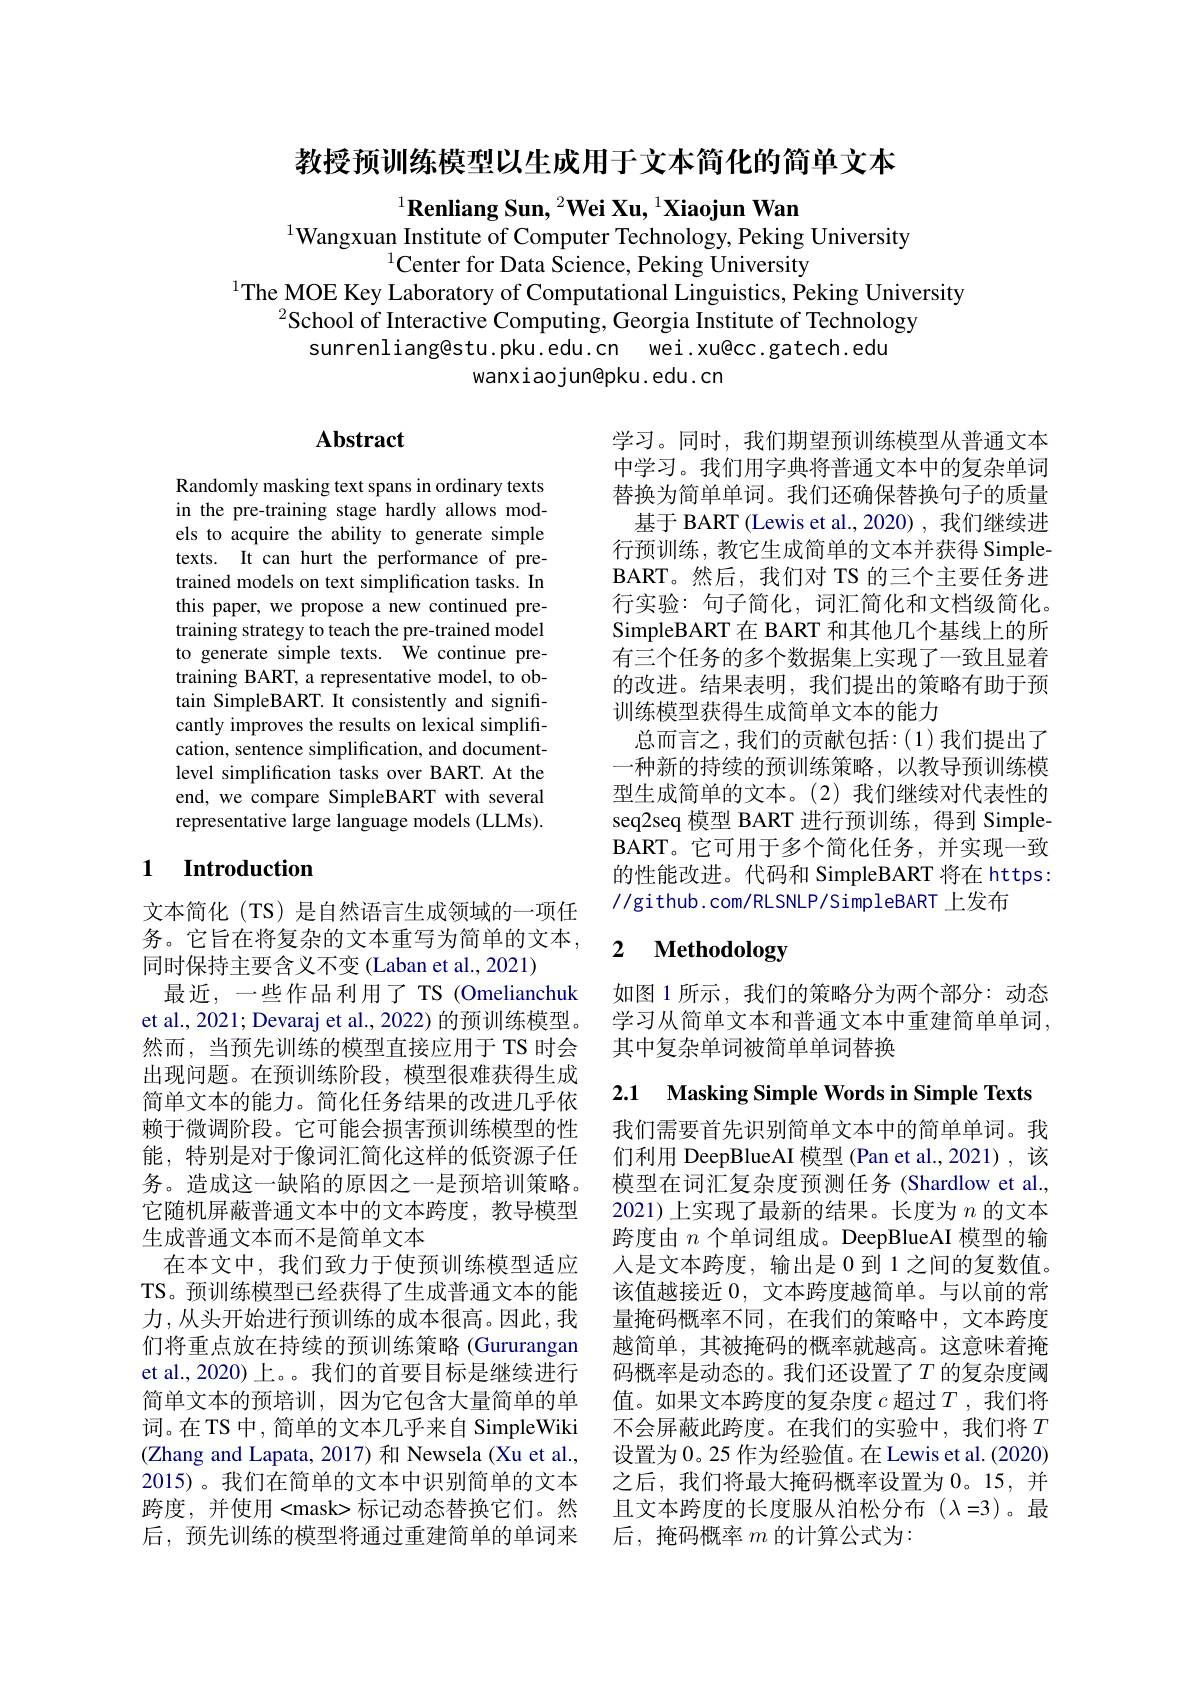
教授预训练模型以生成用于文本简化的简单文本

$^{1}\textbf{Renliang Sun, }^{2}\textbf{Wei Xu, }^{1}\textbf{Xiaojun Wan}$
$^{1}$Wangxuan Institute of Computer Technology, Peking University
$^{1}$Center for Data Science, Peking University
$^{1}$The MOE Key Laboratory of Computational Linguistics, Peking University
$^{2}$School of Interactive Computing, Georgia Institute of Technology
sunrenliang@stu.pku.edu.cn wei.xu@cc.gatech.edu
wanxiaojun@pku.edu.cn

## Abstract

Randomly masking text spans in ordinary texts in the pre-training stage hardly allows models to acquire the ability to generate simple texts. It can hurt the performance of pretrained models on text simplification tasks. In this paper, we propose a new continued pretraining strategy to teach the pre-trained model to generate simple texts. We continue pretraining BART, a representative model, to obtain SimpleBART. It consistently and significantly improves the results on lexical simplification, sentence simplification, and documentlevel simplification tasks over BART. At the end, we compare SimpleBART with several representative large language models (LLMs).

学习。同时，我们期望预训练模型从普通文本中学习。我们用字典将普通文本中的复杂单词替换为简单单词。我们还确保替换句子的质量
基于 BART (Lewis et al., 2020) , 我们继续进行预训练，教它生成简单的文本并获得 SimpleBART。然 后 , 我 们 对 TS 的三个主要任务进行实验：句子简化，词汇简化和文档级简化。SimpleBART 在 BART 和其他几个基线上的所有三个任务的多个数据集上实现了一致且显着的改进。结果表明，我们提出的策略有助于预训练模型获得生成简单文本的能力
总而言之，我们的贡献包括：(1)我们提出了一种新的持续的预训练策略，以教导预训练模型生成简单的文本。(2)我们继续对代表性的seq2seq 模型 BART 进行预训练，得到 SimpleBART。它可用于多个简化任务，并实现一致的性能改进。代码和 SimpleBART 将在 https: //github.com/RLSNLP/SimpleBART 上发布

## 1 Introduction

### $\textbf{2}$ $\textbf{Methodologv}$

如图 1 所示 , 我们的策略分为两个部分：动态学习从简单文本和普通文本中重建简单单词， 其中复杂单词被简单单词替换

2.1 $\textbf{Masking Simple Words in Simple Texts}$

文本简化 (TS) 是自然语言生成领域的一项任务。它旨在将复杂的文本重写为简单的文本， 同时保持主要含义不变(Laban et al., 2021)
最近，一些作品利用了 TS (Omelianchuk et al., 2021; Devaraj et al., 2022) 的预训练模型。然而，当预先训练的模型直接应用于 TS 时会出现问题。在预训练阶段，模型很难获得生成简单文本的能力。简化任务结果的改进几乎依赖于微调阶段。它可能会损害预训练模型的性能，特别是对于像词汇简化这样的低资源子任务。造成这一缺陷的原因之一是预培训策略。它随机屏蔽普通文本中的文本跨度，教导模型生成普通文本而不是简单文本
在本文中，我们致力于使预训练模型适应TS。预训练模型已经获得了生成普通文本的能力，从头开始进行预训练的成本很高。因此，我们将重点放在持续的预训练策略 (Gururangan et al., 2020) 上。。我们的首要目标是继续进行简单文本的预培训，因为它包含大量简单的单词。在TS 中，简单的文本几乎来自 SimpleWiki (Zhang and Lapata, 2017) 和 Newsela (Xu et al., 2015)。我们在简单的文本中识别简单的文本跨度，并使用<mask>标记动态替换它们。然后，预先训练的模型将通过重建简单的单词来

我们需要首先识别简单文本中的简单单词。我们利用 DeepBlueAI 模型 (Pan et al.,2021), 该模型在词汇复杂度预测任务 (Shardlow et al., 2021)上实现了最新的结果。长度为$n$的文本跨度由$n$个单词组成。DeepBlueAI 模型的输人是文本跨度，输出是 0 到 1 之间的复数值。该值越接近0，文本跨度越简单。与以前的常量掩码概率不同，在我们的策略中，文本跨度越简单，其被掩码的概率就越高。这意味着掩码概率是动态的。我们还设置了$T$ 的复杂度阈值。如果文本跨度的复杂度$c$超过$T$ ,我们将不会屏蔽此跨度。在我们的实验中，我们将$T$ 设置为 0。25 作为经验值。在 Lewis et al. (2020) 之后，我们将最大掩码概率设置为 0。15, 并且文本跨度的长度服从泊松分布($\lambda=3)。最$ 后，掩码概率$m$的计算公式为：